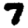
Digit: 7